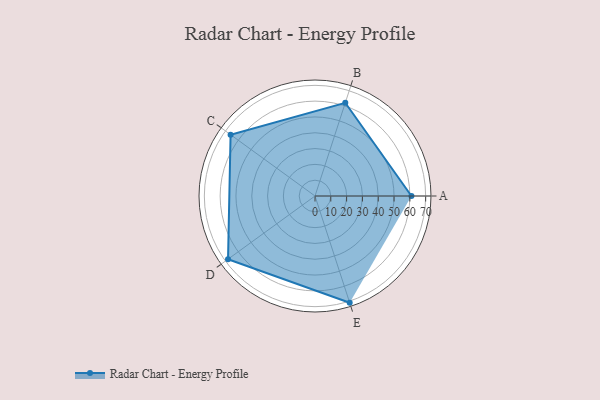
{"axis": {"x": "Skill", "y": "Score"}, "legend": ["Profile"], "data": [{"x": "A", "y": 61.0, "type": "Profile"}, {"x": "B", "y": 62.0, "type": "Profile"}, {"x": "C", "y": 66.0, "type": "Profile"}, {"x": "D", "y": 68.0, "type": "Profile"}, {"x": "E", "y": 71.0, "type": "Profile"}]}